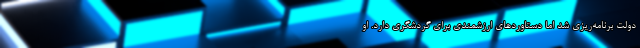
دولت برنامه‌ریزی شد اما دستاوردهای ارزشمندی برای گردشگری دارد. او